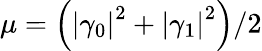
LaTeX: \mu=\left(\left|\gamma_{0}\right|^{2}+\left|\gamma_{1}\right|^{2}\right)/2